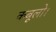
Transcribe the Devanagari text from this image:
कबूलो।